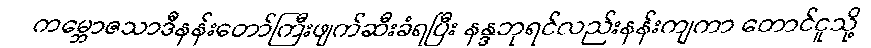
ကမ္ဘောဇသာဒီနန်းတော်ကြီးဖျက်ဆီးခံရပြီး နန္ဒဘုရင်လည်းနန်းကျကာ တောင်ငူသို့